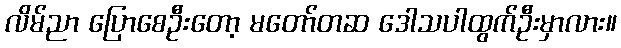
လိမ်ညာ ပြောစေဦးတော့ မတော်တဆ ဒေါသပါထွက်ဦးမှာလား။